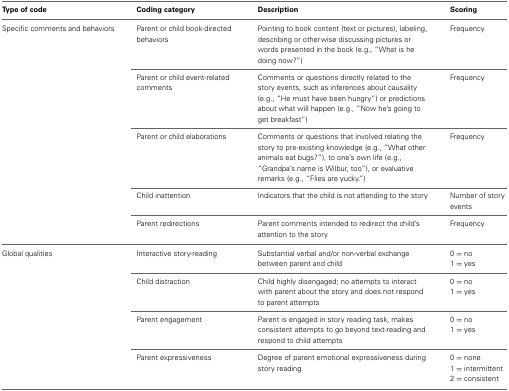
| Type of code | Coding category | Description | Scoring |
 | --- | --- | --- | --- |
 | <ROWSPAN=5> Specific comments and behaviors | Parent or child book-directed behaviors | Pointing to book content (text or pictures), labeling, describing or otherwise discussing pictures or words presented in the book (e.g., “What is he doing now?”) | Frequency |
 | Parent or child event-related comments | Comments or questions directly related to the story events, such as inferences about causality (e.g., “He must have been hungry”) or predictions about what will happen (e.g., “Now he's going to get breakfast”) | Frequency |
 | Parent or child elaborations | Comments or questions that involved relating the story to pre-existing knowledge (e.g., “What other animals eat bugs?”), to one's own life (e.g., “Grandpa's name is Wilbur, too”), or evaluative remarks (e.g., “Flies are yucky.”) | Frequency |
 | Child inattention | Indicators that the child is not attending to the story | Number of story events |
 | Parent redirections | Parent comments intended to redirect the child's attention to the story | Frequency |
 | <ROWSPAN=9> Global qualities | <ROWSPAN=2> Interactive story-reading | <ROWSPAN=2> Substantial verbal and/or non-verbal exchange between parent and child | 0 = no |
 | 1 = yes |
 | <ROWSPAN=2> Child distraction | <ROWSPAN=2> Child highly disengaged; no attempts to interact with parent about the story and does not respond to parent attempts | 0 = no |
 | 1 = yes |
 | <ROWSPAN=2> Parent engagement | <ROWSPAN=2> Parent is engaged in story reading task, makes consistent attempts to go beyond text-reading and respond to child attempts | 0 = no |
 | 1 = yes |
 | <ROWSPAN=3> Parent expressiveness | <ROWSPAN=3> Degree of parent emotional expressiveness during story reading | 0 = none |
 | 1 = intermittent |
 | 2 = consistent |